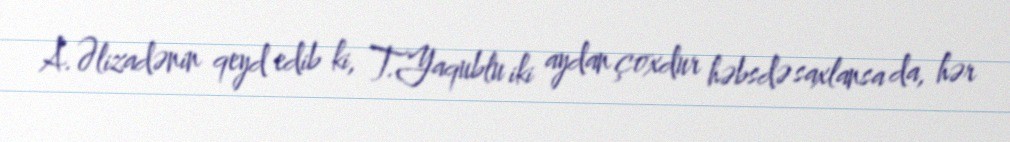
A.Əlizadənin qeyd edib ki, T.Yaqublu iki aydan çoxdur həbsdə saxlansa da, hər